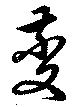
虁